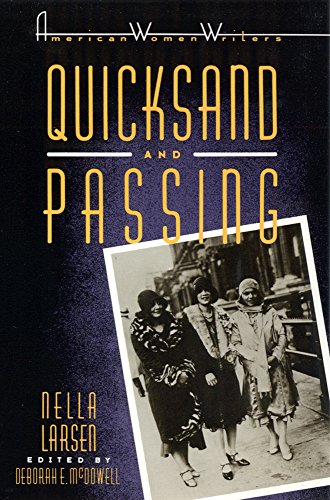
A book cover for Quicksand and Passing (American Women Writers); Nella Larsen; Literature & Fiction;